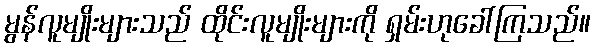
မွန်လူမျိုးများသည် ထိုင်းလူမျိုးများကို ရှမ်းဟုခေါ်ကြသည်။